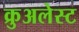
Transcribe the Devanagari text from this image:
क्रुअलेस्ट